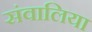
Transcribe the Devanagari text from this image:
संवालिया